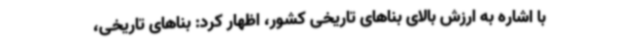
با اشاره به ارزش بالای بناهای تاریخی کشور، اظهار کرد: بناهای تاریخی،